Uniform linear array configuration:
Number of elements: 4
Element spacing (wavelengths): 0.75
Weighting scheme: hann
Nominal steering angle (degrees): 15
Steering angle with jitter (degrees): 16.721
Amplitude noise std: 0.05
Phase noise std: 0.05

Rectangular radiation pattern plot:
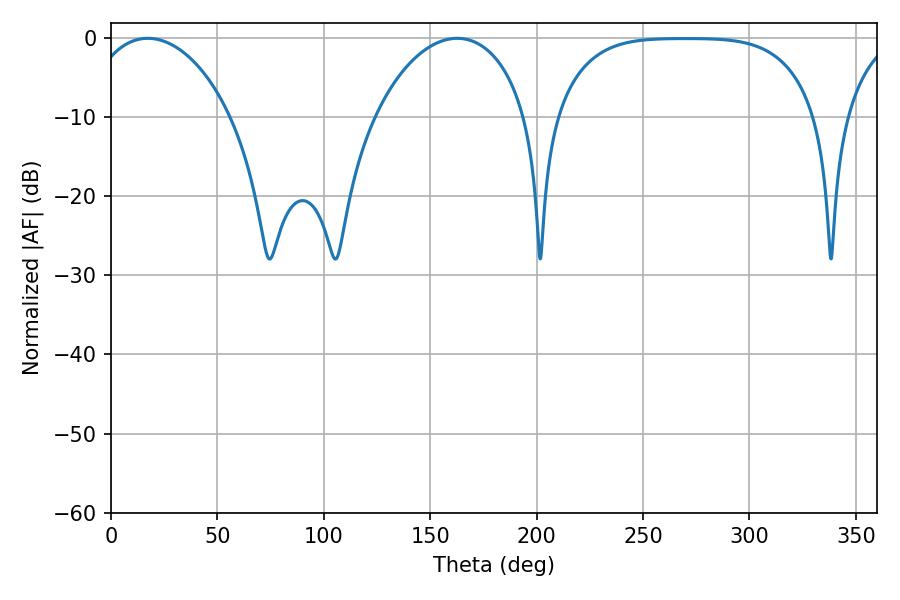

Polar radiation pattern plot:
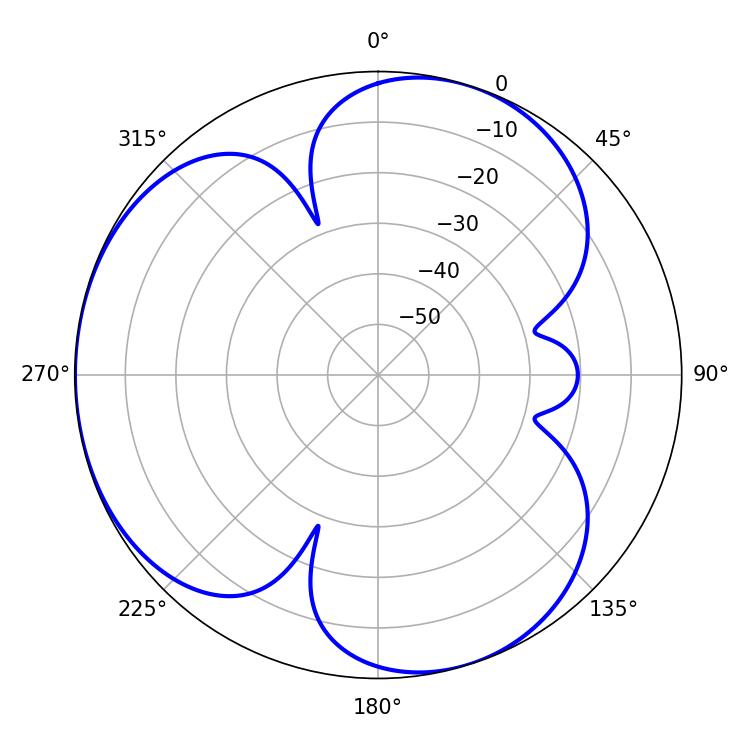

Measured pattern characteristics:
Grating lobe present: TRUE
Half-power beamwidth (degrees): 39.06
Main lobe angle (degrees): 17.28